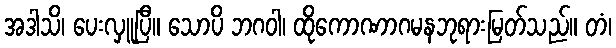
အဒါသိ၊ ပေးလှူပြီ။ သောပိ ဘဂဝါ၊ ထိုကောဏာဂမနဘုရားမြတ်သည်။ တံ၊